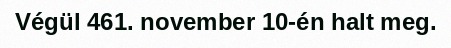
Végül 461. november 10-én halt meg.